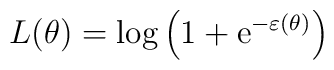
L(\theta)=\log \left( 1+\mathrm{e}^{-\varepsilon \left( \theta \right)}\right)